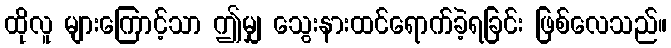
ထိုလူ များကြောင့်သာ ဤမျှ သွေးနားထင်ရောက်ခဲ့ရခြင်း ဖြစ်လေသည်။